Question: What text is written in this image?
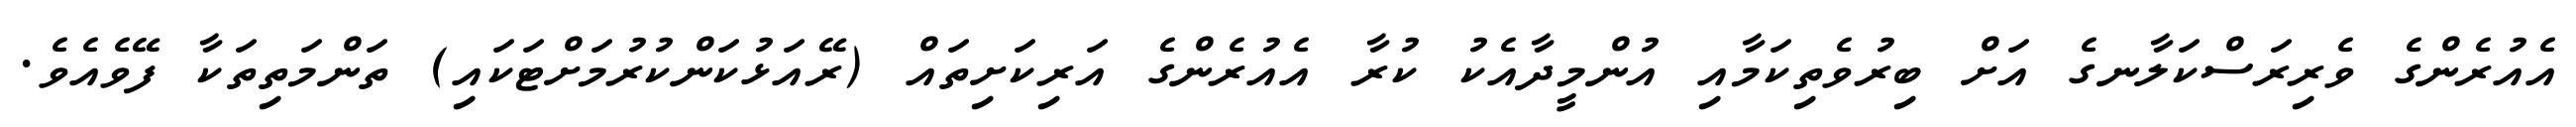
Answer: އެއުރެންގެ ވެރިރަސްކަލާނގެ އަށް ބިރުވެތިކަމާއި އުންމީދާއެކު ކުރާ އެއުރެންގެ އަރިކަށިތައް (ރޭއަޅުކަންކުރުމަށްޓަކައި) ތަންމަތިތަކާ ފޭވެއެވެ.